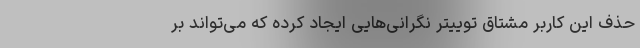
حذف این کاربر مشتاق توییتر نگرانی‌هایی ایجاد کرده که می‌تواند بر